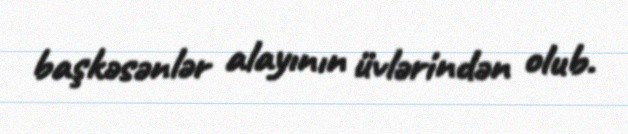
başkəsənlər alayının üvlərindən olub.